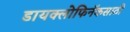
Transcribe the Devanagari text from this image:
डायक्लोफिनॅकसाठी